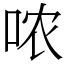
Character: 哝